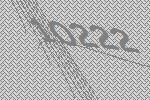
10222